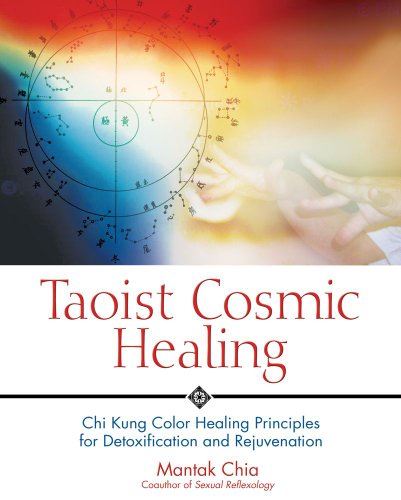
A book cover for Taoist Cosmic Healing: Chi Kung Color Healing Principles for Detoxification and Rejuvenation; Mantak Chia; Health, Fitness & Dieting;